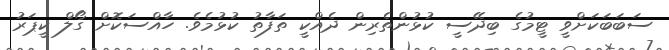
ސަބަބަކަށްވީ ޓީމުގެ ބިދޭސީ ކުޅުންތެރިން ދެއްކީ ތަފާތު ކުޅުމެވެ. ހާއްސަކޮށް ގޯލް ކީޕަރު